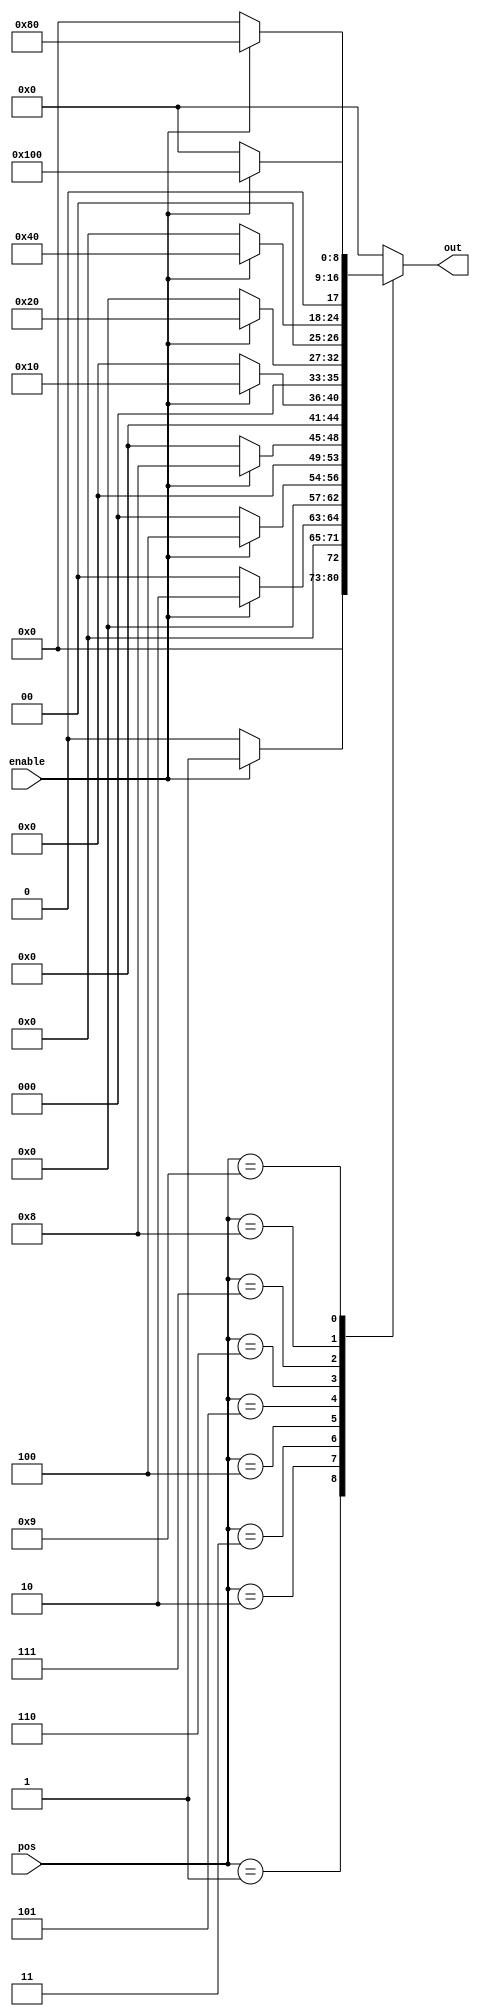
module position_decoder(pos,enable,out);

	input [3:0] pos;
	input enable;
	output reg [8:0] out;

	always @ (*)
	begin
		case(pos)
			4'd1: 
			begin
				if(enable) out=9'b000000001;
				else out=9'd0;
			end
			4'd2: 
			begin
				if(enable) out=9'b000000010;
				else out=9'd0;
			end
			4'd3: 
			begin
				if(enable) out=9'b000000100;
				else out=9'd0;
			end
			4'd4: 
			begin
				if(enable) out=9'b000001000;
				else out=9'd0;
			end
			4'd5: 
			begin
				if(enable) out=9'b000010000;
				else out=9'd0;
			end
			4'd6: 
			begin
				if(enable) out=9'b000100000;
				else out=9'd0;
			end
			4'd7: 
			begin
				if(enable) out=9'b001000000;
				else out=9'd0;
			end
			4'd8: 
			begin
				if(enable) out=9'b010000000;
				else out=9'd0;
			end
			4'd9: 
			begin
				if(enable) out=9'b100000000;
				else out=9'd0;
			end

			default: out=9'b000000000;
		endcase
	end

endmodule